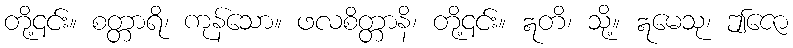
တို့၎င်း။ စတ္တာရိ၊ ကုန်သော။ ဖလစိတ္တာနိ၊ တို့၎င်း။ ဣတိ၊ သို့။ ဣမေသု၊ ဤဇော